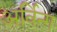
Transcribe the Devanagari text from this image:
अर्विन्ग